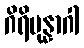
ဂိရိပုန္နာဂါ